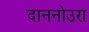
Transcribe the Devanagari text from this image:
दाननोउरा